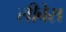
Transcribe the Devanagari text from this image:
लीबेस